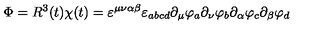
\Phi = R ^ { 3 } ( t ) \chi ( t ) = \varepsilon ^ { \mu \nu \alpha \beta } \varepsilon _ { a b c d } \partial _ { \mu } \varphi _ { a } \partial _ { \nu } \varphi _ { b } \partial _ { \alpha } \varphi _ { c } \partial _ { \beta } \varphi _ { d }